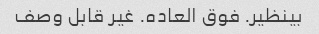
بینظیر. فوق العاده. غیر قابل وصف